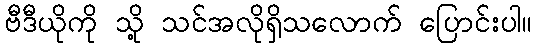
ဗီဒီယိုကို သို့ သင်အလိုရှိသလောက် ပြောင်းပါ။